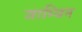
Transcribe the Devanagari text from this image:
जाम्बिन